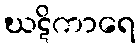
ဃဋိကာရေ